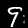
Label: 9